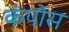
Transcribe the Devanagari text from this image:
कंपोस